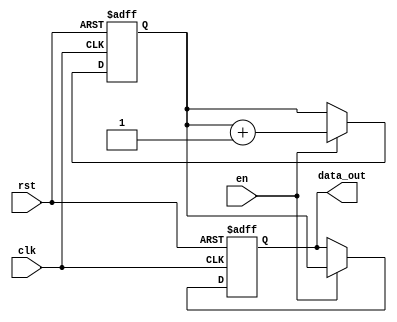
module iob_gray_counter 
  #(
    parameter   W = 1
    )
   (
    input wire     rst,
    input wire     clk,
    input wire     en,
    output [W-1:0] data_out
    );
   
   reg [W-1:0]     bin_counter;
   reg [W-1:0]     gray_counter;

   assign data_out = gray_counter;
       
   always @ (posedge clk, posedge rst)
     if (rst) begin
        bin_counter   <= 1; 
        gray_counter <= 0; 
     end else if (en) begin
        bin_counter   <= bin_counter + 1'b1;
        gray_counter <= W > 1? {bin_counter[W-1], bin_counter[W-2:0] ^ bin_counter[W-1:1]} : bin_counter;
     end
   
endmodule